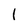
Character: l